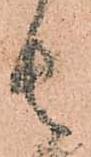
者